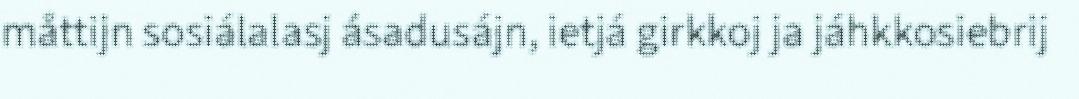
måttijn sosiálalasj ásadusájn, ietjá girkkoj ja jáhkkosiebrij